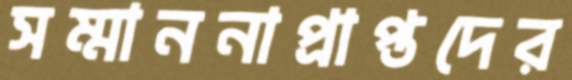
সম্মাননাপ্রাপ্তদের